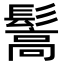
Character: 𩮘